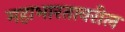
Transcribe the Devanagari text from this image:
महाभारतावरील